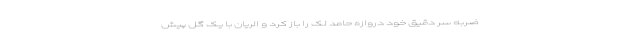
ضربه سر دقیق خود دروازه حامد لک را باز کرد و الریان با یک گل پیش